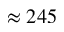
\approx 2 4 5